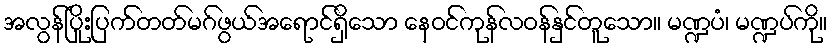
အလွန်ပြိုးပြက်တတ်မဂ်ဖွယ်အရောင်ရှိသော နေဝင်ကုန်လဝန်နှင်တူသော။ မဏ္ဍပံ၊ မဏ္ဍပ်ကို။